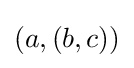
(a,(b,c))